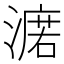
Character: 𣾆